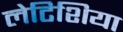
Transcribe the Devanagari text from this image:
लेटिशिया